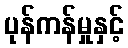
ပုန်ကန်မှုနှင့်